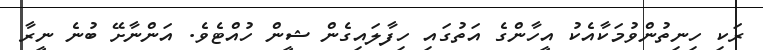
ރަކި ހިނިތުންވުމަކާއެކު އީހާންގެ އަތުގައި ހިފާލައިގެން ޝީން ހުއްޓެވެ. އަންނާށޭ ބުނެ ނީރާ